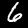
Label: 6